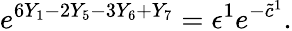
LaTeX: e^{6Y_{1}-2Y_{5}-3Y_{6}+Y_{7}}=\epsilon^{1}e^{-\tilde{c}^{1}}.